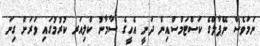
ނަމަވެސް ނޭޕާލްގެ ކަސްޓަމްސްއިން ދަނީ އެހީގެ ސާމާނު ކްލިއަރ ކުރުމުގައި ވަރަށް ގިނަ